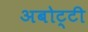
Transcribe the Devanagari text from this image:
अबोट्टी